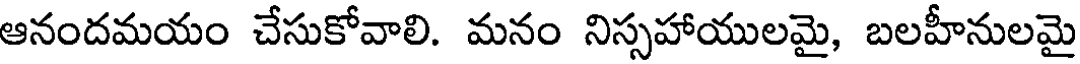
ఆనందమయం చేసుకోవాలి. మనం నిస్సహాయులమై, బలహీనులమై